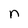
Character: n